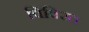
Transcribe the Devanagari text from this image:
विविरत